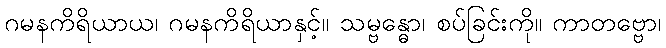
ဂမနကိရိယာယ၊ ဂမနကိရိယာနှင့်။ သမ္ဗန္ဓော၊ စပ်ခြင်းကို။ ကာတဗ္ဗော၊